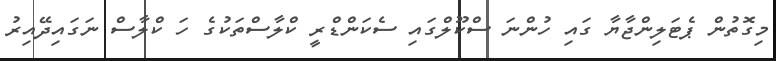
މިގޮތުން ޕެޓަލިންޖާޔާ ގައި ހުންނަ ސްކޫލްގައި ސެކަންޑްރީ ކްލާސްތަކުގެ ހަ ކްލާސް ނަގައިދޭއިރު